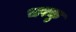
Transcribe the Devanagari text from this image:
चरकु